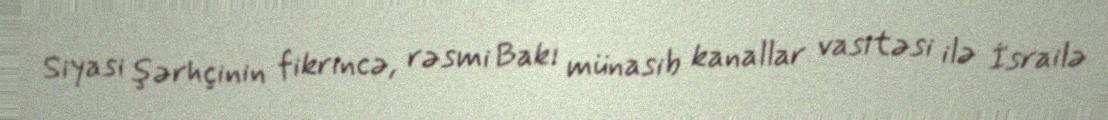
Siyasi şərhçinin fikrincə, rəsmi Bakı münasib kanallar vasitəsi ilə İsrailə